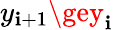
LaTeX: y_{\mathbf{i}+1}\gey_{\mathbf{i}}